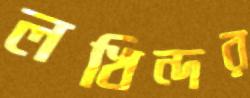
লখিন্দর